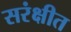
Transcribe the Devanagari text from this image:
सरंक्षीत